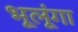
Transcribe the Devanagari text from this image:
भूलूंगा